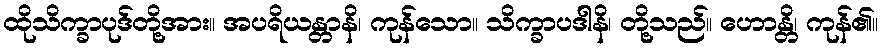
ထိုသိက္ခာပုဒ်တို့အား။ အပရိယန္တာနိ၊ ကုန်သော။ သိက္ခာပဒါနိ၊ တို့သည်။ ဟောန္တိ၊ ကုန်၏။